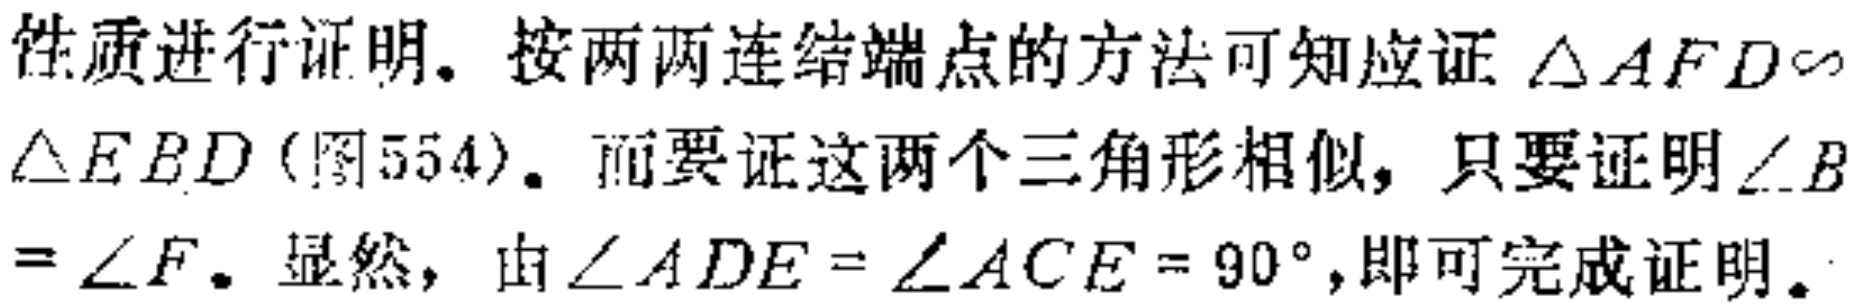
性质进行证明. 按两两连结端点的方法可知应证$\triangle AFD\sim$
$\triangle EBD$(图554). 而要证这两个三角形相似, 只要证明$\angle B$
$=\angle F$. 显然, 由$\angle ADE=\angle ACE = 90^{\circ}$,即可完成证明.